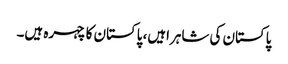
پاکستان کی شاہراہیں، پاکستان کا چہرہ ہیں۔